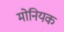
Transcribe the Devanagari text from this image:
मोनियक